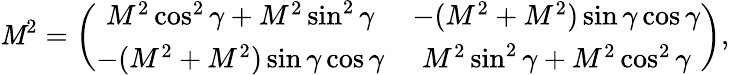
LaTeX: {\cal\mathit{M}}^{2}=\left(\begin{array}{cc}{{M^{2}\cos^{2}\gamma+M^{2}\sin^{2}\gamma}}&{{-(M^{2}+M^{2})\sin\gamma\cos\gamma}}\\ {{-(M^{2}+M^{2})\sin\gamma\cos\gamma}}&{{M^{2}\sin^{2}\gamma+M^{2}\cos^{2}\gamma}}\end{array}\right),